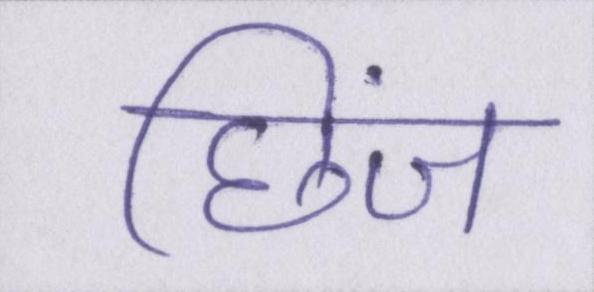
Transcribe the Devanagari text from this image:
छिंज